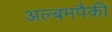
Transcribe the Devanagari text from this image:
अल्बमपैकी